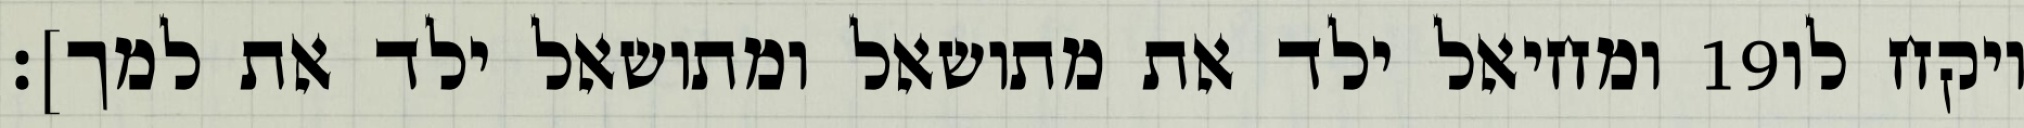
ומחיאל ילד את מתושאל ומתושאל ילד את למך]׃ ‎19‏ ויקח לו